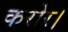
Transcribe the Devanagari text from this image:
करोर।